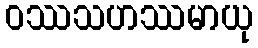
ဝဿသဟဿမာယု